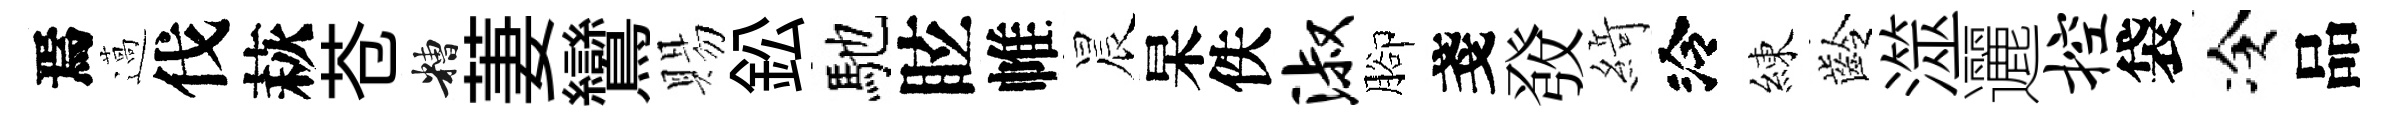
焉薖伐萩苍糟萋鸞賜鈆馳眩帷晨杲佚淑腳戔𤼲𦂶泠練齡澨邐控袋冷品